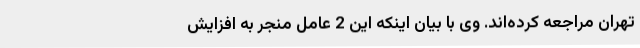
تهران مراجعه کرده‌اند. وی با بیان اینکه این 2 عامل منجر به افزایش